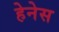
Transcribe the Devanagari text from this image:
हेनेस